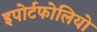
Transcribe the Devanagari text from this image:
इपोर्टफोलियो